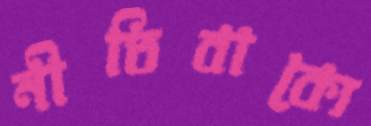
নীতিবাক্যে